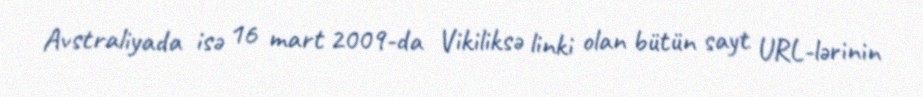
Avstraliyada isə 16 mart 2009-da Vikiliksə linki olan bütün sayt URL-lərinin